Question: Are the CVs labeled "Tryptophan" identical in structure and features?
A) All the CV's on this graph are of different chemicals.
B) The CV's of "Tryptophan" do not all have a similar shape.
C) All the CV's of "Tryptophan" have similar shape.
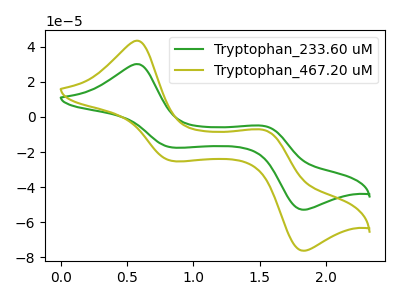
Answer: <think>The green curve "Tryptophan_233.60 uM" has anodic peaks at (0.55V, 30.05uA) (1.55V, -5.30uA) and cathodic peaks at (0.85V, -17.40uA) (1.85V, -52.85uA). The olive curve "Tryptophan_467.20 uM" has anodic peaks at (0.55V, 43.35uA) (1.55V, -7.60uA) and cathodic peaks at (0.85V, -25.05uA) (1.85V, -76.20uA).
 All the peaks in "Tryptophan_233.60 uM" have a peak in "Tryptophan_467.20 uM" at the same potential.</think>
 <answer>C) All the CV's of "Tryptophan" have similar shape.</answer>
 <eval>C</eval>